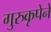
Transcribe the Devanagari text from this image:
गुरुकृपेने